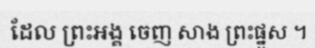
ដែល ព្រះអង្គ ចេញ សាង ព្រះផ្នួស ។